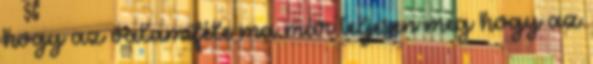
hogy az valamiféle ma már teljesen meg hogy az